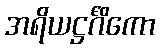
အရိယဋ္ဌင်္ဂိကော